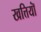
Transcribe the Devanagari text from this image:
खत्तियॉं